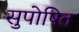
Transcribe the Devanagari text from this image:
सुपोषित